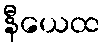
နီယေထ